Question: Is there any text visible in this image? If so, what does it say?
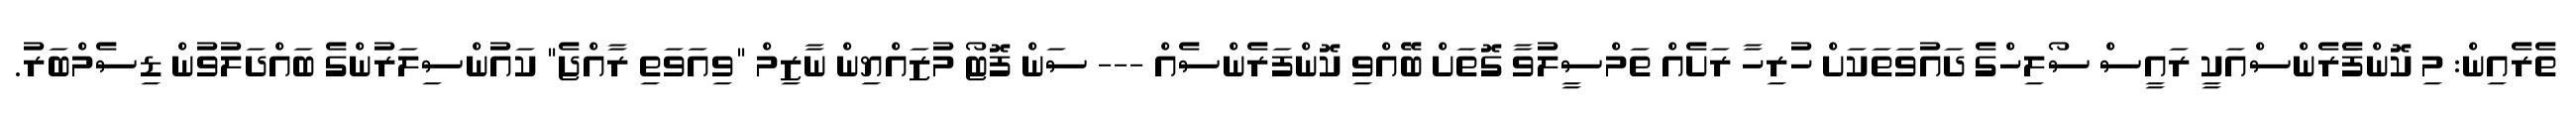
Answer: ތެރެއިން: މި ކޮންފެަރެންސްއަކީ ރައީސް ސޯލިހްގެ ދައުވަތަކަށް ހުރިހާ ރަށެއް ތަމްސީލުވާ ގޮތަށް ބޭއްވި ކޮންފަރެންސެއް --- ސަން ފޮޓޯ މުޒައްޔިން ނާޒިމް "ވިއަވަތި ރާއްޖެ" ކައުންސިލަރުންގެ ބައްދަލުވުން ޑިސެމްބަރު.